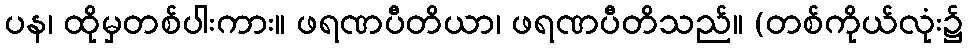
ပန၊ ထိုမှတစ်ပါးကား။ ဖရဏပီတိယာ၊ ဖရဏပီတိသည်။ (တစ်ကိုယ်လုံး၌